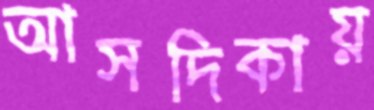
আসদিকায়